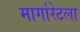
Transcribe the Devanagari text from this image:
मार्गारेटला